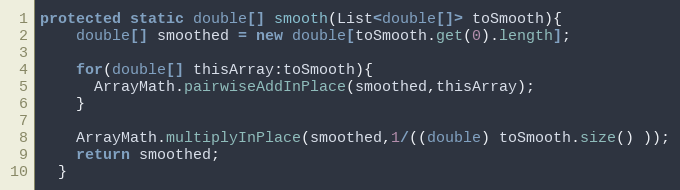
Language: Java
protected static double[] smooth(List<double[]> toSmooth){
    double[] smoothed = new double[toSmooth.get(0).length];

    for(double[] thisArray:toSmooth){
      ArrayMath.pairwiseAddInPlace(smoothed,thisArray);
    }

    ArrayMath.multiplyInPlace(smoothed,1/((double) toSmooth.size() ));
    return smoothed;
  }